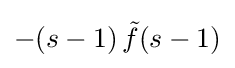
-(s-1)\,{\tilde {f}}(s-1)